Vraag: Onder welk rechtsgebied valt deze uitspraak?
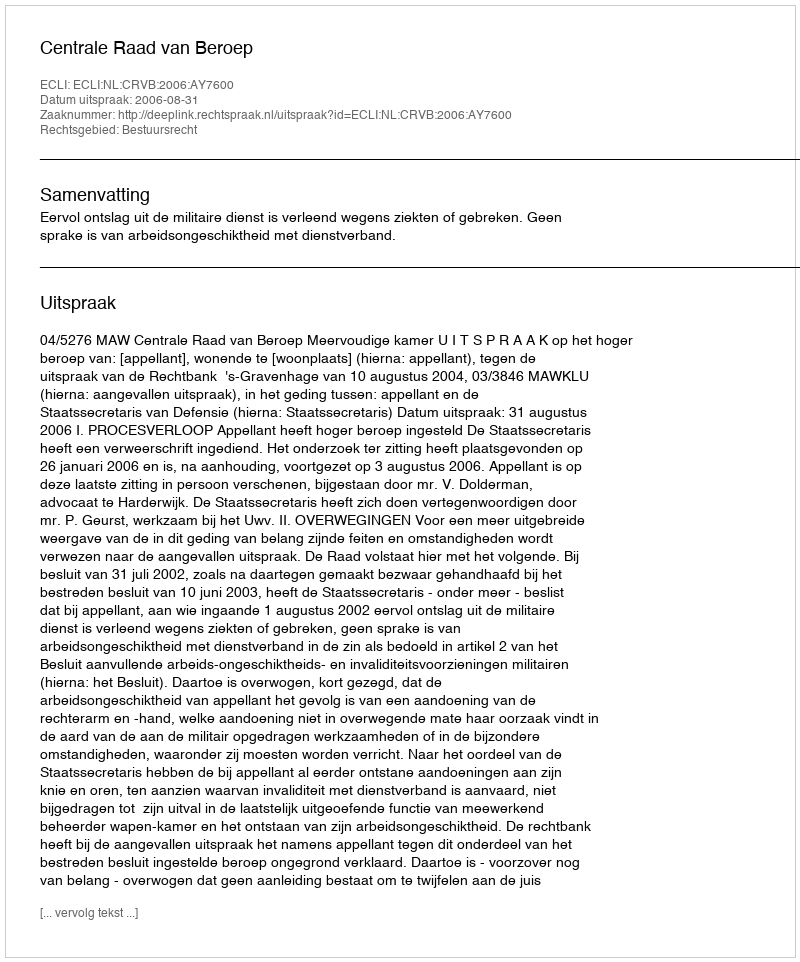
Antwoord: Bestuursrecht